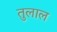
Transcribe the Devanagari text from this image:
तुलाल